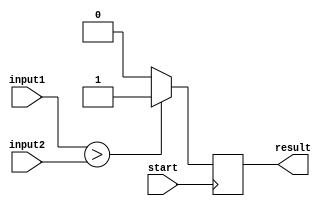
module comparator(
    input [7:0] input1,
    input [7:0] input2,
    input start,
    output reg result
);

always @ (posedge start)
begin
    if(input1 > input2)
        result <= 1;
    else
        result <= 0;
end

endmodule